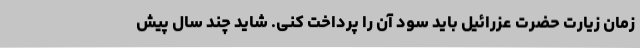
زمان زیارت حضرت عزرائیل باید سود آن را پرداخت کنی. شاید چند سال پیش